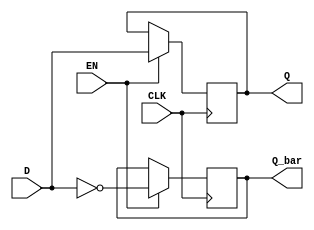
module d_latch(
    input D,
    input EN,
    input CLK,
    output reg Q,
    output reg Q_bar
);

always @(posedge CLK)
begin
    if(EN)
    begin
        Q <= D;
        Q_bar <= ~D;
    end
end

endmodule